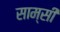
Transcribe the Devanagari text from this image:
साम्सी